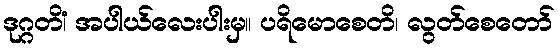
ဒုဂ္ဂတိံ၊ အပါယ်လေးပါးမှ။ ပရိမောစေတိ၊ လွတ်စေတော်